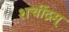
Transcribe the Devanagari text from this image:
शचींद्रम्